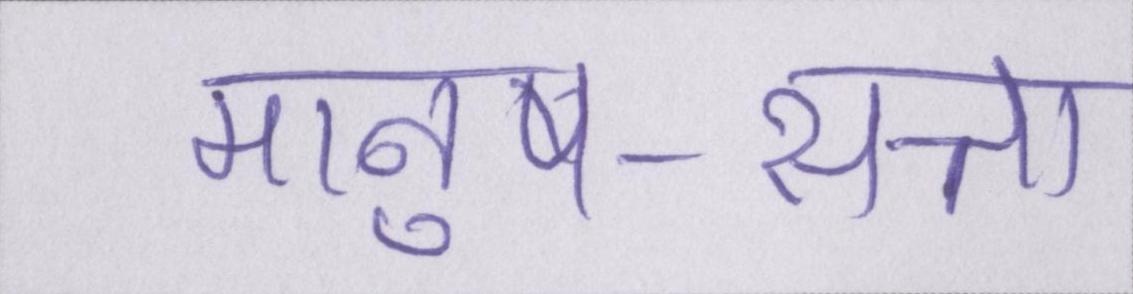
मानुष-सत्ता